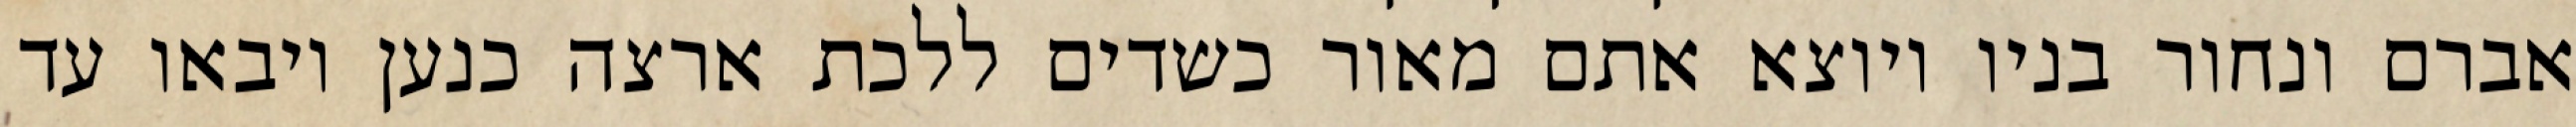
אברם ונחור בניו ויוצא אתם מאור כשדים ללכת ארצה כנען ויבאו עד